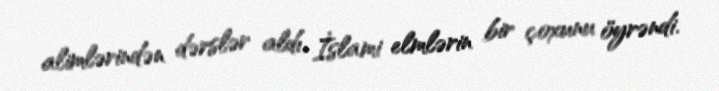
alimlərindən dərslər aldı, İslami elmlərin bir çoxunu öyrəndi.